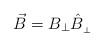
LaTeX: \begin{align*}\vec{B}_{}=B_{\perp}\hat{B}_{_{\perp}}\end{align*}